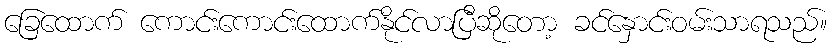
ခြေထောက် ကောင်းကောင်းထောက်နိုင်လာပြီဆိုတော့ ခင်နှောင်းဝမ်းသာရသည်။